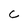
Character: C